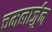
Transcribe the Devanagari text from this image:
चमलार्जुन